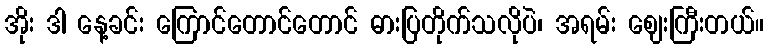
အိုး ဒါ နေ့ခင်း ကြောင်တောင်တောင် ဓားပြတိုက်သလိုပဲ၊ အရမ်း ဈေးကြီးတယ်။